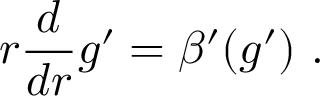
r \frac { d } { d r } g ^ { \prime } = \beta ^ { \prime } ( g ^ { \prime } ) \, \, .